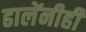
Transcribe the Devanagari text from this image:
ढालेंनीही